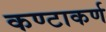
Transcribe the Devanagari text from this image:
कण्टाकर्ण